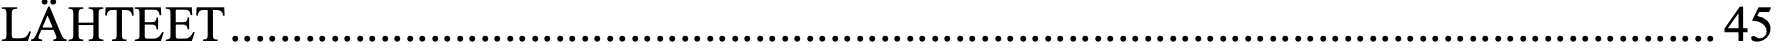
LÄHTEET ....................................................................................................................... 45